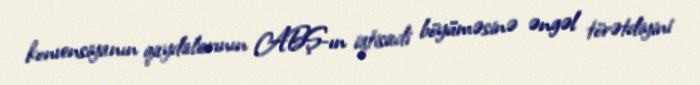
konvensiyanın qaydalarının ABŞ-ın iqtisadi böyüməsinə əngəl törətdiyini